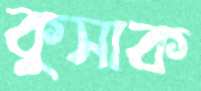
কুসাক